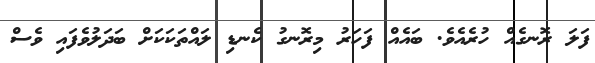
ފަލަ ރޮނގެއް ހުރެއެވެ. ބައެއް ފަހަރު މިރޮނގު ކެނޑި ލައްތަކަކަށް ބަދަލުވެފައި ވެސް